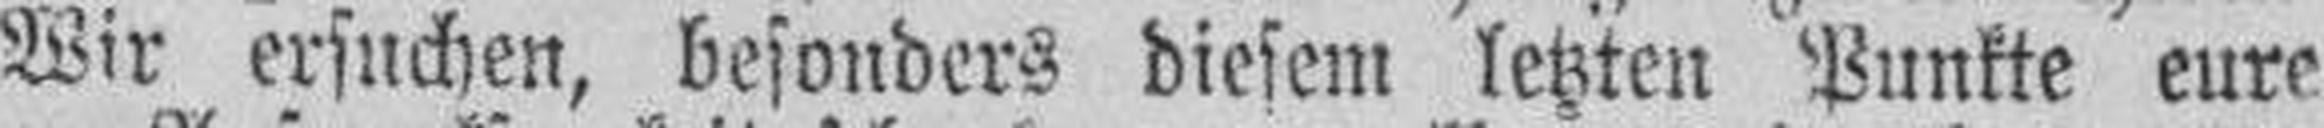
Wir ersuchen, besonders diesem letzten Punkte eure